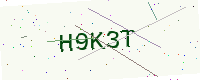
Text: H9K3T